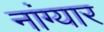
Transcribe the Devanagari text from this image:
नांग्यार